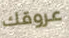
عروقك